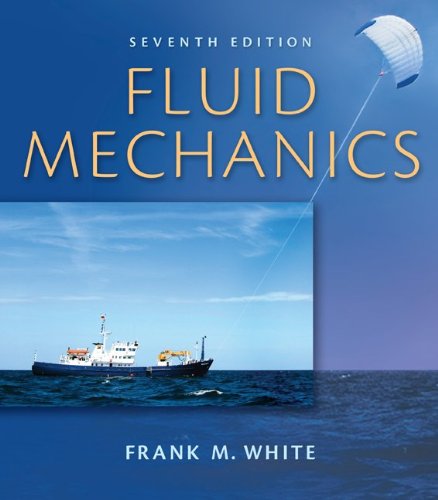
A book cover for Fluid Mechanics with Student DVD (McGraw-Hill Series in Mechanical Engineering); Frank White; Engineering & Transportation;